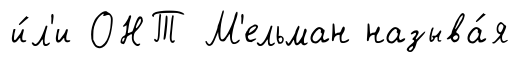
и́л'и ОНТ М'ельман называ́я